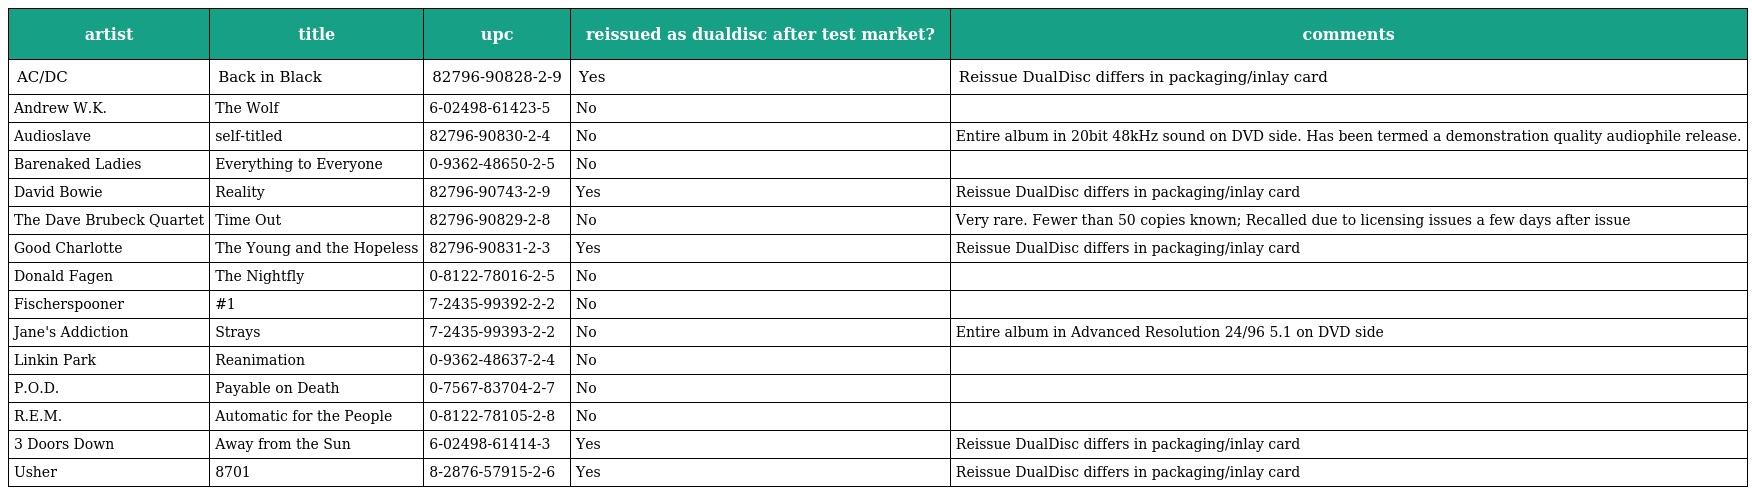
| artist | title | upc | reissued as dualdisc after test market? | comments |
 | --- | --- | --- | --- | --- |
 | AC/DC | Back in Black | 82796-90828-2-9 | Yes | Reissue DualDisc differs in packaging/inlay card |
 | Andrew W.K. | The Wolf | 6-02498-61423-5 | No |  |
 | Audioslave | self-titled | 82796-90830-2-4 | No | Entire album in 20bit 48kHz sound on DVD side. Has been termed a demonstration quality audiophile release. |
 | Barenaked Ladies | Everything to Everyone | 0-9362-48650-2-5 | No |  |
 | David Bowie | Reality | 82796-90743-2-9 | Yes | Reissue DualDisc differs in packaging/inlay card |
 | The Dave Brubeck Quartet | Time Out | 82796-90829-2-8 | No | Very rare. Fewer than 50 copies known; Recalled due to licensing issues a few days after issue |
 | Good Charlotte | The Young and the Hopeless | 82796-90831-2-3 | Yes | Reissue DualDisc differs in packaging/inlay card |
 | Donald Fagen | The Nightfly | 0-8122-78016-2-5 | No |  |
 | Fischerspooner | #1 | 7-2435-99392-2-2 | No |  |
 | Jane's Addiction | Strays | 7-2435-99393-2-2 | No | Entire album in Advanced Resolution 24/96 5.1 on DVD side |
 | Linkin Park | Reanimation | 0-9362-48637-2-4 | No |  |
 | P.O.D. | Payable on Death | 0-7567-83704-2-7 | No |  |
 | R.E.M. | Automatic for the People | 0-8122-78105-2-8 | No |  |
 | 3 Doors Down | Away from the Sun | 6-02498-61414-3 | Yes | Reissue DualDisc differs in packaging/inlay card |
 | Usher | 8701 | 8-2876-57915-2-6 | Yes | Reissue DualDisc differs in packaging/inlay card |